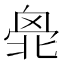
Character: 𠤣